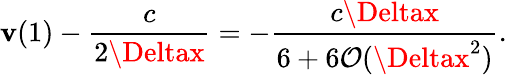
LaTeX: \mathbf{v}(1)-\frac{{c}}{{2\Deltax}}=-\frac{{c\Deltax}}{{6+6\mathcal{{O}}(\Deltax^{2})}}.